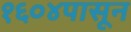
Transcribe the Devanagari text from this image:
१६०४पासून